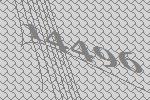
14496